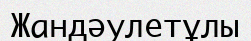
Жандәулетұлы